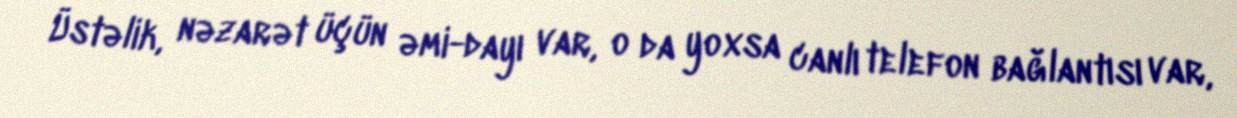
Üstəlik, nəzarət üçün əmi-dayı var, o da yoxsa canlı telefon bağlantısı var,